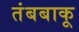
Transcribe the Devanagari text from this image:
तंबबाकू